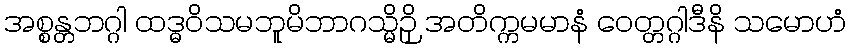
အစ္စန္တဘဂ္ဂါ ထဒ္ဓဝိသမဘူမိဘာဂသ္မိဉှိ အတိက္ကမမာနံ ဝေတ္တဂ္ဂါဒီနိ သမောဟံ